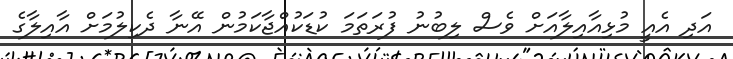
އަދި އެއީ މުޅިއާއިލާއަށް ވެސް ލިބުނު ފުރަތަމަ ކުޑަކުއްޖާކަމުން އޭނާ ދެކިލުމަށް އާއިލާގެ